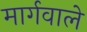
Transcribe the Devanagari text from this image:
मार्गवाले